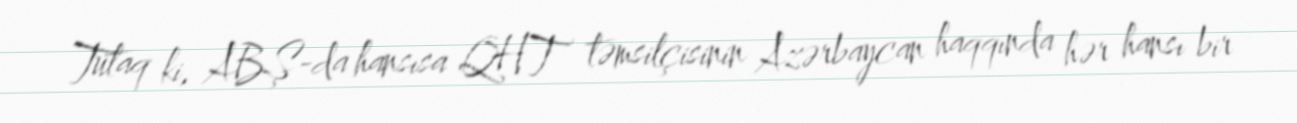
Tutaq ki, ABŞ-da hansısa QHT təmsilçisinin Azərbaycan haqqında hər hansı bir